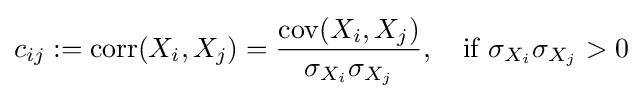
c_{ij}:=\operatorname {corr} (X_{i},X_{j})={\frac {\operatorname {cov} (X_{i},X_{j})}{\sigma _{X_{i}}\sigma _{X_{j}}}},\quad {\text{if}}\ \sigma _{X_{i}}\sigma _{X_{j}}>0